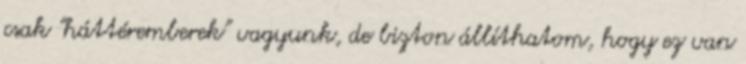
csak "háttéremberek" vagyunk, de bizton állíthatom, hogy ez van